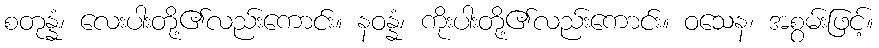
စတုန္နံ၊ လေးပါးတို့၏လည်းကောင်း။ နဝန္နံ၊ ကိုးပါးတို့၏လည်းကောင်း။ ဝသေန၊ အစွမ်းဖြင့်။